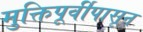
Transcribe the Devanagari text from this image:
मुक्तिपूर्वीपासून